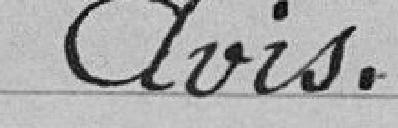
Avis